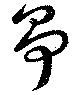
争